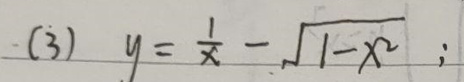
(3) \(y = \frac{1}{x}-\sqrt{1 - x^{2}}\);